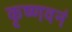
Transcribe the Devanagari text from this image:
कृष्णवनं